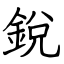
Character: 銳